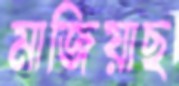
মাজিয়াছ